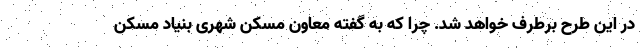
در این طرح برطرف خواهد شد. چرا که به گفته معاون مسکن شهری بنیاد مسکن